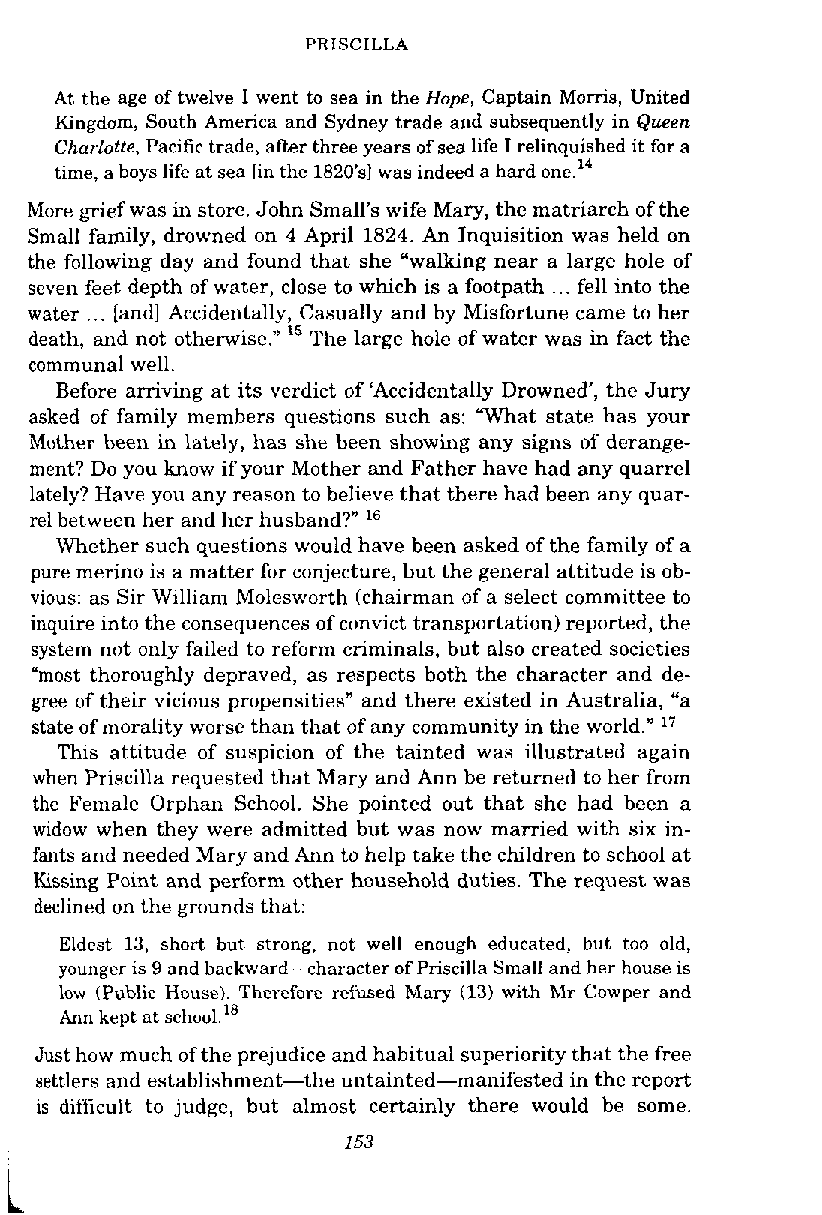
PRISCILLA
 At the age of twelve I went to sea in the Hope, Captain Moms, United
 Kingdom, South America and Sydney trade and subsequently in Queen
 Charlotte, Pacific trade, after three years of sea life I relinquished it for a
 time, a boys life at sea [in the 1820'sl was indeed a hard one."
 More grief was in store. John Small's wife Mary, the matriarch of the
 Small family, drowned on 4 April 1824. An Inquisition was held on
 the following day and found that she "walking near a large hole of
 seven feet depth of water, close to which is a footpath ... fell into the
 water ... [and] Accidentally, Casually and by Misfortune came to her
 death, and not otherwise." l5 The large hole of water was in fact the
 communal well.
 Before arriving at its verdict of 'Accidentally Drowned', the Jury
 asked of family members questions such as: 'What state has your
 Mother been in lately, has she been showing any signs of derange-
 ment? Do you know if your Mother and Father have had any quarrel
 lately? Have you any reason to believe that there had been any quar-
 rel between her and her husband?" l6
 Whether such questions would have been asked of the family of a
 pure merino is a matter for conjecture, but the general attitude is ob-
 vious: as Sir William Molesworth (chairman of a select committee to
 inquire into the consequences of convict transportation) reported, the
 system not only failed to reform criminals, but also created societies
 "most thoroughly depraved, as respects both the character and de-
 gree of their vicious propensities" and there existed in Australia, "a
 state of morality worse than that of any community in the world." l7
 This attitude of suspicion of the tainted was illustrated again
 when Priscilla requested that Mary and Ann be returned to her from
 the Female Orphan School. She pointed out that she had been a
 widow when they were admitted but was now married with six in-
 fants and needed Mary and Ann to help take the children to school at
 Kissing Point and perform other household duties. The request was
 declined on the grounds that:
 Eldest 13, short hut strong, not well enough educated, but too old,
 younger is 9 and backward-haracter of Priscilla Small and her house is
 low (Public House). Therefore refused Mary (13) with Mr Cowper and
 Ann kept at school.18
 Just how much of the prejudice and habitual superiority that the free
 settlers and establishment-the untainted-manifested in the report
 is difficult to judge, but almost certainly there would be some.
 i                      153